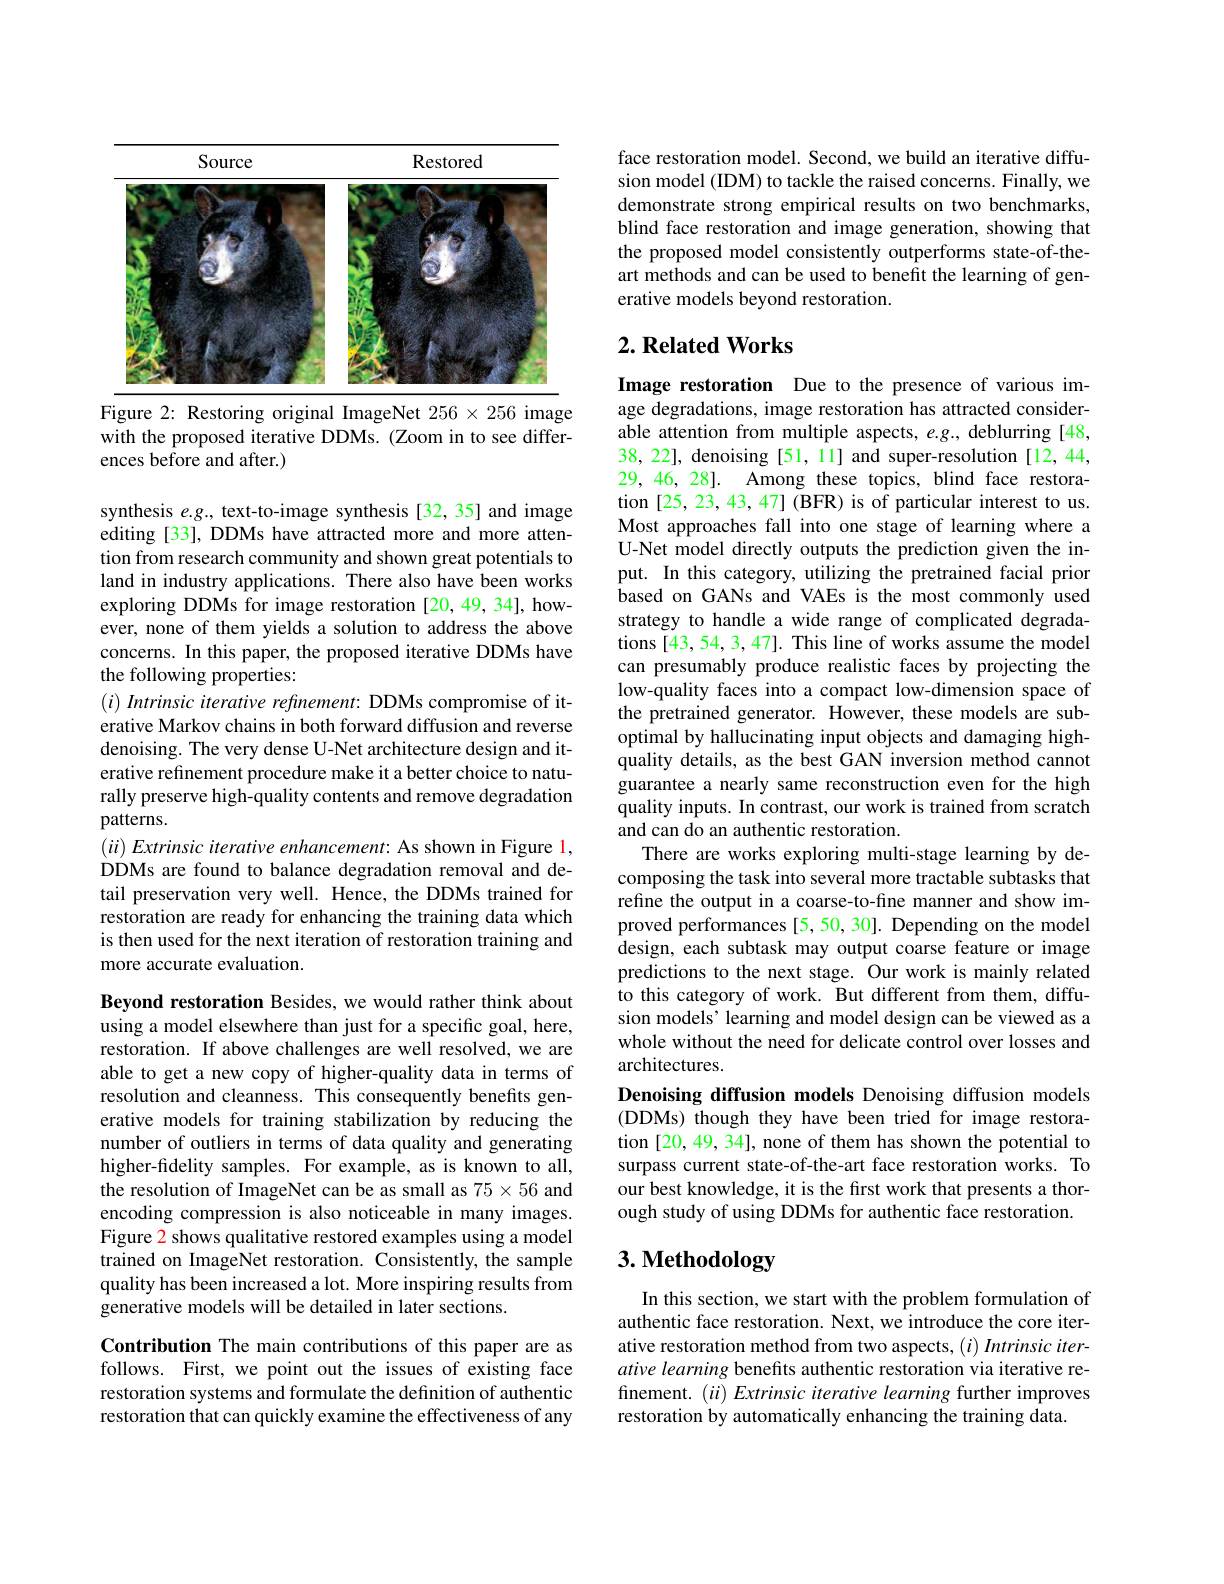
<table>
	<tbody>
		<tr>
			<th> </th>
			<th>Source</th>
			<th>Restored</th>
		</tr>
		<tr>
			<td>STA A</td>
			<td> </td>
			<td> </td>
		</tr>
	</tbody>
</table>
Figure 2: Restoring original ImageNet $256\times256$ image

with the proposed iterative DDMs. (Zoom in to see differ-
ences before and after.)

synthesis $e.g.$, text-to-image synthesis[32,35] and image editing [33], DDMs have attracted more and more attention from research community and shown great potentials to land in industry applications. There also have been works exploring DDMs for image restoration [20,49,34], however, none of them yields a solution to address the above concerns. In this paper, the proposed iterative DDMs have the following properties:
$( i) \textit{ Intrinsic iterative refinement: DDMs compromise of it- }$ erative Markov chains in both forward diffusion and reverse denoising. The very dense U-Net architecture design and iterative refinement procedure make it a better choice to naturally preserve high-quality contents and remove degradation patterns.
$( \ddot{u} ) \textit{Extrinsic iterative enhancement: As shown in Figure 1, }$ DDMs are found to balance degradation removal and detail preservation very well. Hence, the DDMs trained for restoration are ready for enhancing the training data which is then used for the next iteration of restoration training and more accurate evaluation.

Beyond restoration Besides, we would rather think about using a model elsewhere than just for a specific goal, here, restoration. If above challenges are well resolved, we are able to get a new copy of higher-quality data in terms of resolution and cleanness. This consequently benefits generative models for training stabilization by reducing the number of outliers in terms of data quality and generating higher-fidelity samples. For example, as is known to all, the resolution of ImageNet can be as small as $75\times56$ and encoding compression is also noticeable in many images. Figure 2 shows qualitative restored examples using a model trained on ImageNet restoration. Consistently, the sample quality has been increased a lot. More inspiring results from generative models will be detailed in later sections.

Contribution The main contributions of this paper are as follows. First, we point out the issues of existing face restoration systems and formulate the definition of authentic restoration that can quickly examine the effectiveness of any

face restoration model. Second, we build an iterative diffusion model (IDM) to tackle the raised concerns. Finally, we demonstrate strong empirical results on two benchmarks, blind face restoration and image generation, showing that the proposed model consistently outperforms state-of-theart methods and can be used to benefit the learning of generative models beyond restoration.

## $2. \textbf{Related Works}$

Image restoration Due to the presence of various image degradations, image restoration has attracted considerable attention from multiple aspects, e.g., deblurring [48, 38, 22], denoising [51, 11] and super-resolution [12,44, 29,46, 28]. Among these topics, blind face restoration [25,23,43,47] (BFR) is of particular interest to us. Most approaches fall into one stage of learning where a U-Net model directly outputs the prediction given the input. In this category, utilizing the pretrained facial prior based on GANs and VAEs is the most commonly used strategy to handle a wide range of complicated degradations [43,54,3,47]. This line of works assume the model can presumably produce realistic faces by projecting the low-quality faces into a compact low-dimension space of the pretrained generator. However, these models are suboptimal by hallucinating input objects and damaging highquality details, as the best GAN inversion method cannot guarantee a nearly same reconstruction even for the high quality inputs. In contrast, our work is trained from scratch and can do an authentic restoration.
There are works exploring multi-stage learning by decomposing the task into several more tractable subtasks that refine the output in a coarse-to-fine manner and show improved performances [5, 50, 30]. Depending on the model design, each subtask may output coarse feature or image predictions to the next stage. Our work is mainly related to this category of work. But different from them, diffusion models’ learning and model design can be viewed as a whole without the need for delicate control over losses and architectures.
Denoising diffusion models Denoising diffusion models (DDMs) though they have been tried for image restoration [20, 49, 34], none of them has shown the potential to surpass current state-of-the-art face restoration works. To our best knowledge, it is the first work that presents a thorough study of using DDMs for authentic face restoration.

# 3. Methodology

In this section, we start with the problem formulation of authentic face restoration. Next, we introduce the core iterative restoration method from two aspects, $( i) \textit{Intrinsic iter- }$ ative learning benefits authentic restoration via iterative refinement. ( ii) Extrinsic iterative learning further improves restoration by automatically enhancing the training data